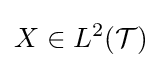
X\in L^{2}({\mathcal {T}})